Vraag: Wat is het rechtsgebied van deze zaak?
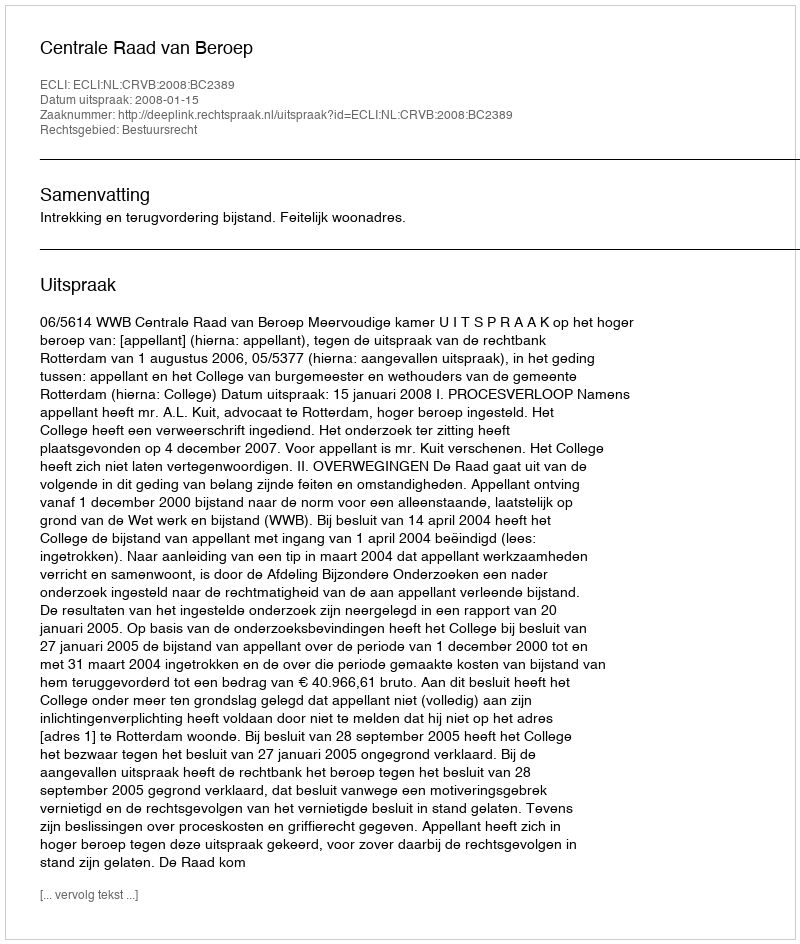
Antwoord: Bestuursrecht